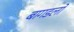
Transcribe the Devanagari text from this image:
बागडलो